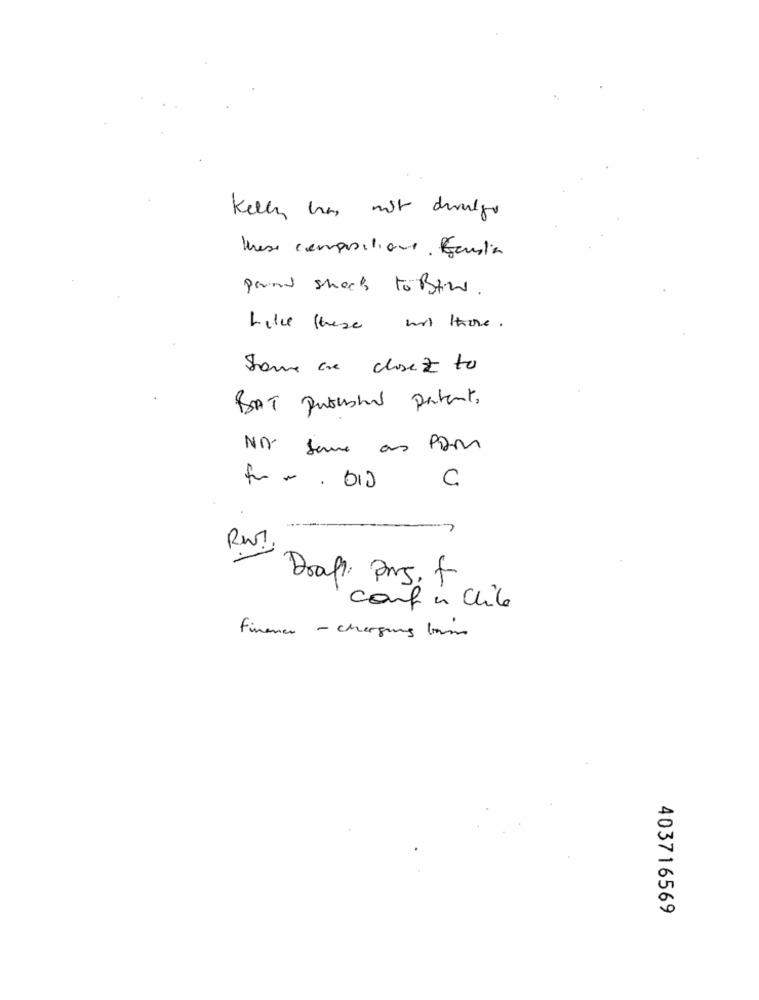
Kelly has not divulgo
these compositions Genta
prand sheek to Blind.
Like these not there.
Some are closed to
BAT Published Patent,
NO same as Par
Drap, prs. f
conf in chile
Finance - charging bom
403716569